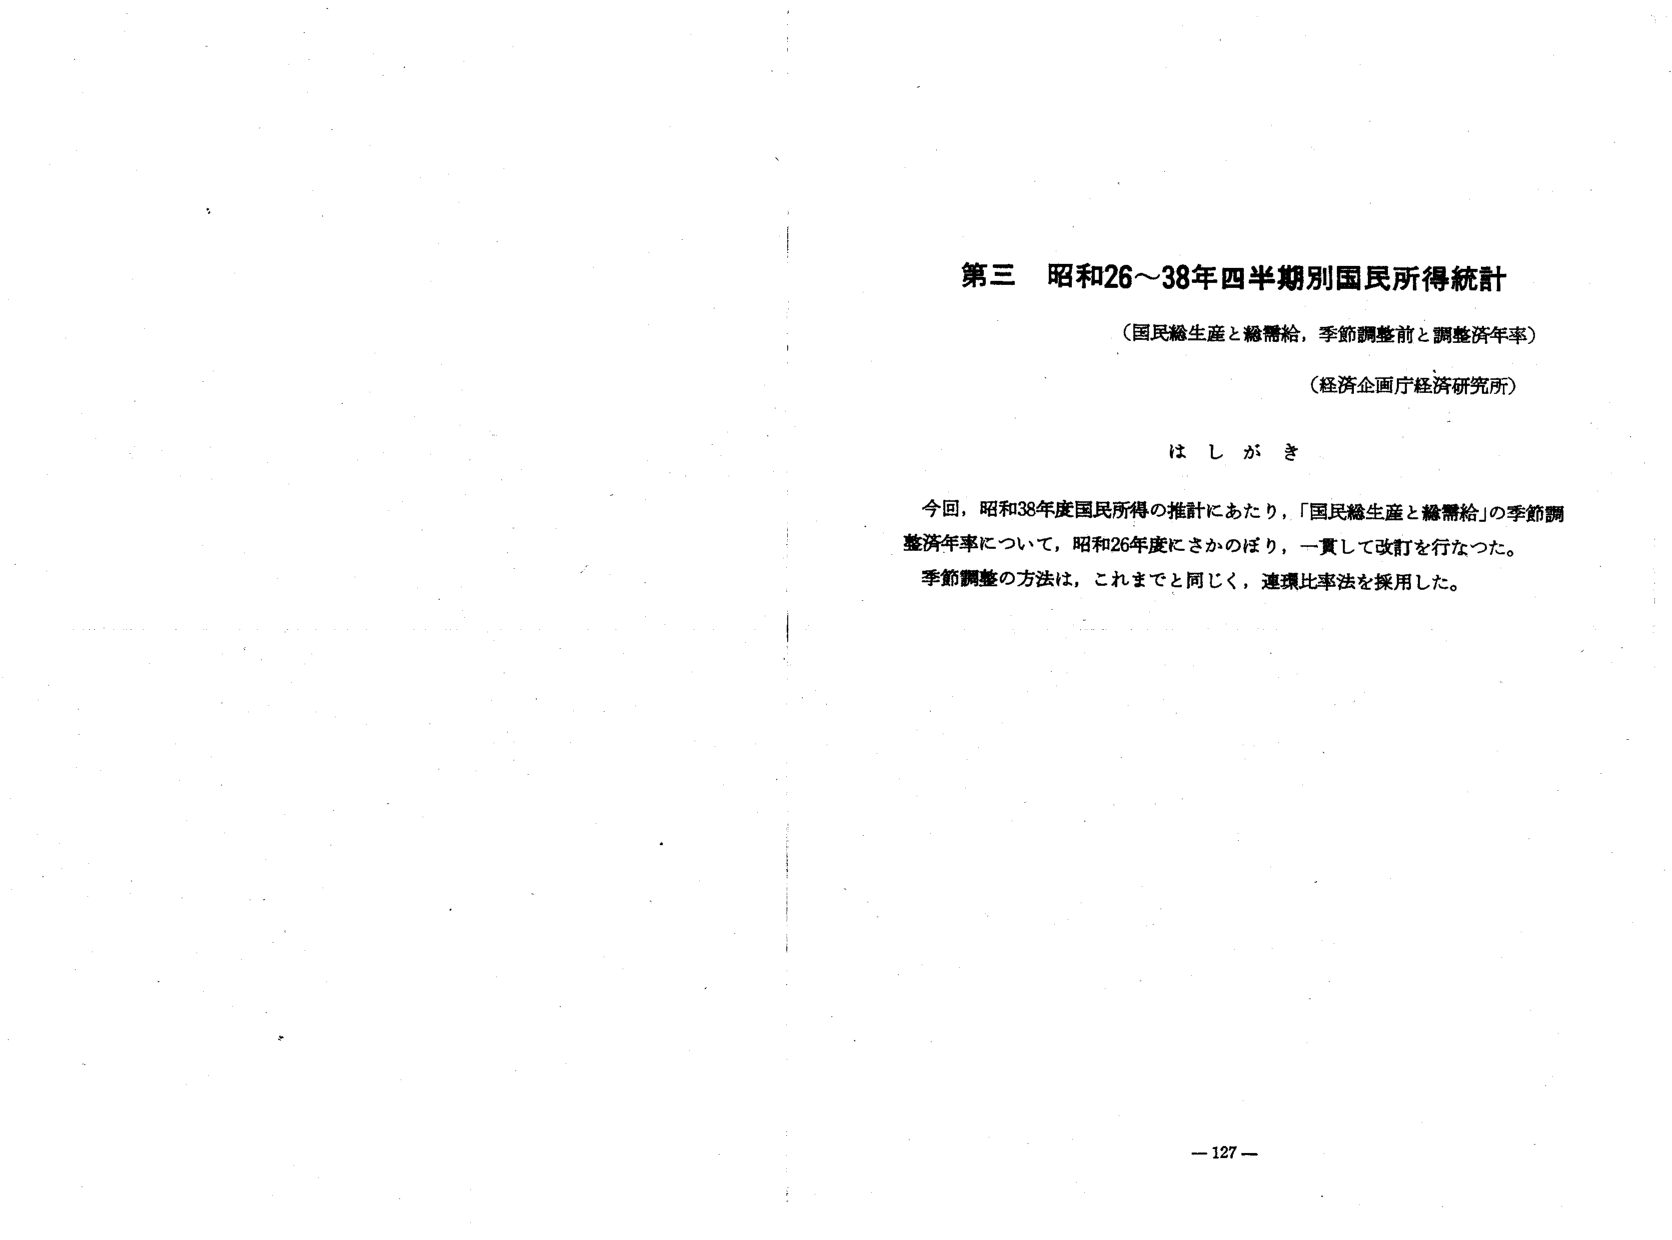
第三 昭和26～38年四半期別国民所得統計
（国民総生産と総需給，季節調整前と調整済年率）
（経済企画庁経済研究所）

はしがき

今回，昭和38年度国民所得の推計にあたり，「国民総生産と総需給」の季節調整済年率について，昭和26年度にさかのぼり，一貫して改訂を行なった。
季節調整の方法は，これまでと同じく，連環比率法を採用した。

－127－